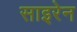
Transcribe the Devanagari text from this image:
साइरेन